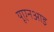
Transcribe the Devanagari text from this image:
यूएनआइ